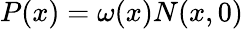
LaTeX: P(x)=\omega(x)N(x,0)